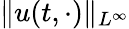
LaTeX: \| u(t,\cdot)\| _{L^{\infty}}